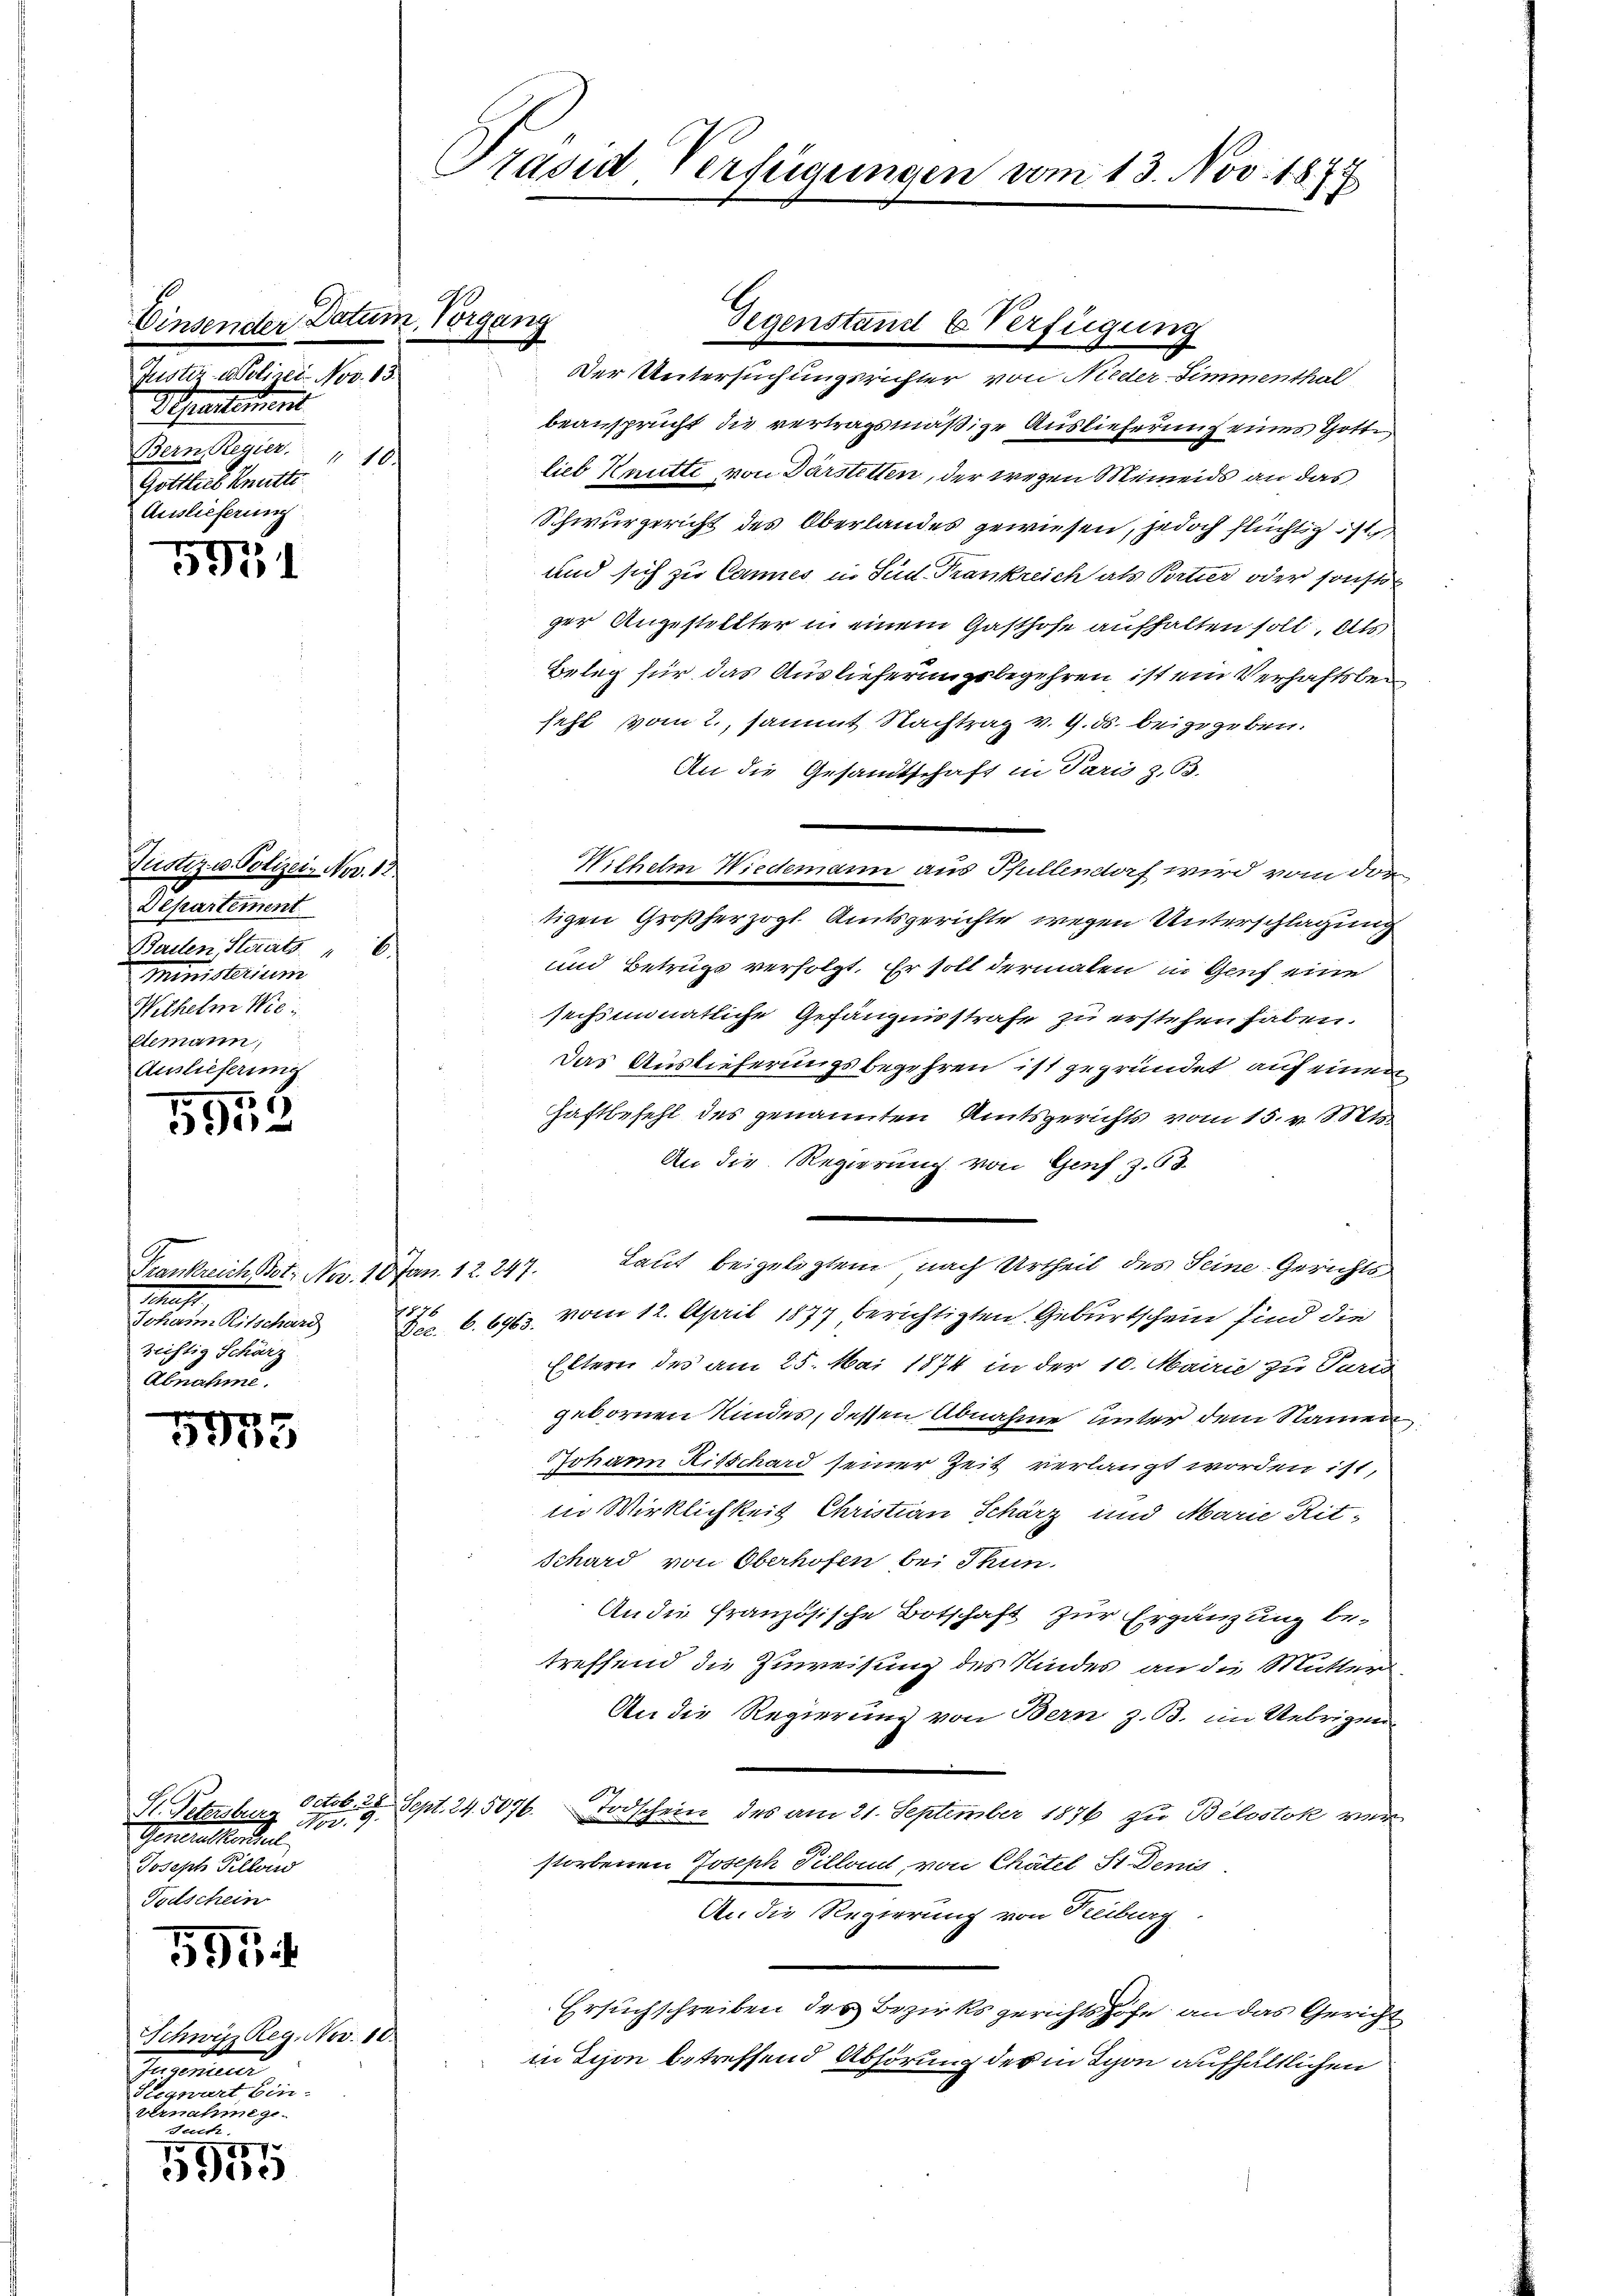
Einsender Datum, Vorgang
Justiz- & Polizei Nov. 13.
Separtement
Bern Regier. " 10.
Gottlieb Knütte.
Auslieferung

593

5
59

Frankreich Bot. Nov. 18 Jan. 12. 247.
Schaft.
Johann Ritschard
Zeiftig Schärz
Abnahme.

iec

Schwenden Nov. 1
b
eeren eine eine
Vernahmege
Such.

7
5900

Justiz u. Polizei- Nov. 13
Departement
Beilen, Staats
2.
Ministerium
Wilhelm Wie
demann,
Auslieferung

St. Petersburg Nov. 9.
Generalkonsul
Joseph Pillond
Todschein
595

Präsid. Verfügungen vom 13. Nov. 1877

beansprucht die vertragsmäßige Auslieferung eines Gotte
lieb Knutti von Darstetten, der wegen Meinends an das
Schwurgericht des Oberlandes gewiesen, jedoch flüchtig ist
und sich zu Cannes in Seid. Frankreich als Portier oder sonst
ger Angestellter in einem Gasthofe aufhalten soll, als
Beleg für das Auslieferungsbegehren ist ein Verhaftsbefehl vom 2., sammt Nachtrag v. 9. ds. beigegeben.
An die Gesamtschaft in Paris z. 63.
tigen Großherzogl. Amtsgerichte wegen Unterschlagung
und Betrugs verfolgt. Er soll dermalen in Genf eine
sechsmonatliche Gefängnisstrafe zu erstehen haben.
Das Auslieferungsbegehren ist gegründet, auf einen
Haftbefehl des genannten Amtsgerichts vom 15. v. Mts.
An die Regierung von Genf z. 63.
Laut beigelegten, nach Urtheil des Seine Gerichts
1876
vom 12. April 1877 berichtigten Geburtschein sind die
Dec. 6. 6963.
Eltern des am 25. Mai 1874 in der 10. Mairi zu Paris
gebornen Kindes, dessen Abnahme unter dem Namen
Johann Risschard seiner Zeit verlangt worden ist,
in Wirklichkeit Christian Schärz und Marie Rit
Schard von Oberhofen bei Thun.
An die französische Botschaft zur Ergänzung be-
treffend die Zuweisung des Kindes an die Mutter¬
An die Regierung von Bern z. B. im Uebrigen
1
Octob. 28 Sept. 24. 5076.
Todschein des am 21. September 1876 zu Belostok ver-
storbenen Joseph Pillant von Chätel St. Denis
An die Regierung von Reiburg.
Ersuchschreiben des Bezirksgerichtshofe an das Gericht
in schon betreffend Abhörung des in Lyon aufhältlichen

Gegenstand & Verfügung
Der Untersuchungsrichter von Nieder-Simmenthal

Wilhelm Wiedemann aus Pfullendorf wird von die